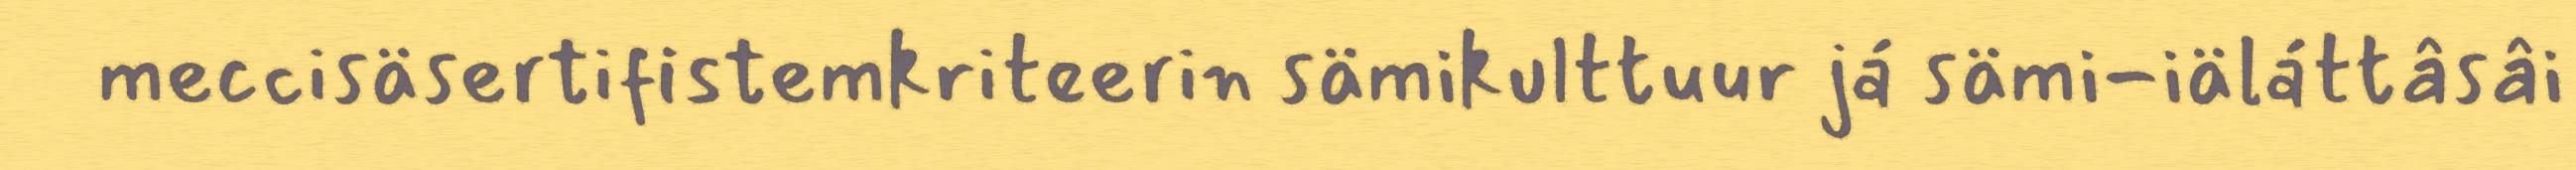
meccisäsertifistemkriteerin sämikulttuur já sämi-iäláttâsâi